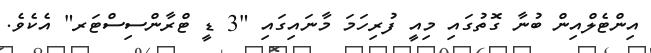
އިންޓެލްއިން ބުނާ ގޮތުގައި މިއީ ފުރިހަމަ މާނައިގައި "3 ޑީ ޓްރާންސިސްޓަރ" އެކެވެ.